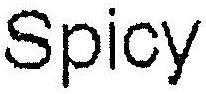
SPICY